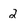
Character: 2